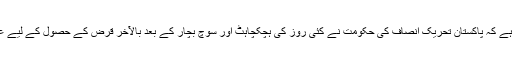
مقامی اخبار ’خبریں ‘ نے ایک رپورٹ شائع کی ہے جس میں کہا گیاہے کہ پاکستان تحریک انصاف کی حکومت نے کئی روز کی ہچکچاہٹ اور سوچ بچار کے بعد بالآخر قرض کے حصول کے لیے عالمی مالیاتی ادارے، آئی ایم ایف سے رجوع کرنے کا فیصلہ کیا ہے۔